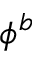
\phi ^ { b }